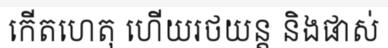
កើតហេតុ ហើយរថយន្ត និងផាស់